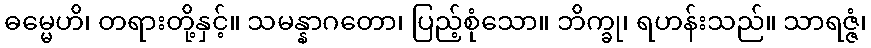
ဓမ္မေဟိ၊ တရားတို့နှင့်။ သမန္နာဂတော၊ ပြည့်စုံသော။ ဘိက္ခု၊ ရဟန်းသည်။ သာရဇ္ဇံ၊